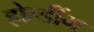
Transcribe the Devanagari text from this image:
होल्डींग